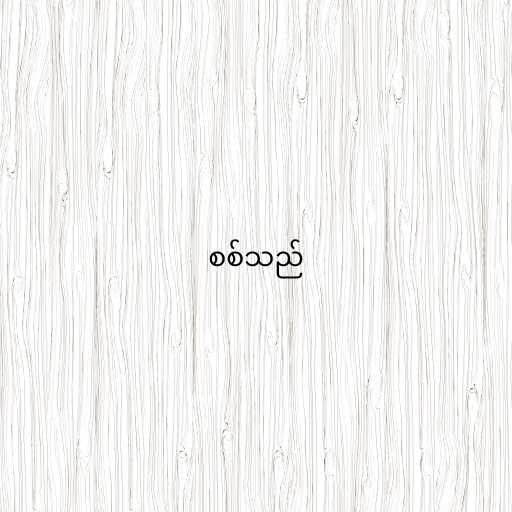
စစ်သည်